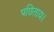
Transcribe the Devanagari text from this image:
पछिताय।